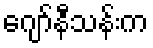
ဂျော်နီသန်းက